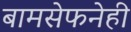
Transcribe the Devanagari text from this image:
बामसेफनेही